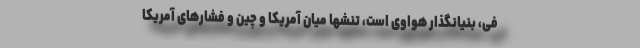
فی، بنیانگذار هواوی است، تنشها میان آمریکا و چین و فشارهای آمریکا